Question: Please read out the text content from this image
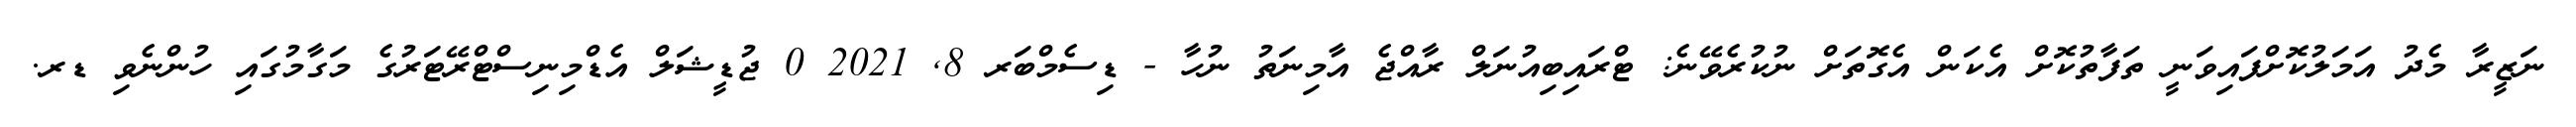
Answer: ނަޒީރާ މެދު އަމަލުކޮށްފައިވަނީ ތަފާތުކޮށް އެކަން އެގޮތަށް ނުކުރެވޭނެ: ޓްރައިބިއުނަލް ރާއްޖެ އާމިނަތު ނުހާ - ޑިސެމްބަރ 8, 2021 0 ޖުޑީޝަލް އެޑްމިނިސްޓްރޭޓަރުގެ މަގާމުގައި ހުންނެވި ޑރ.